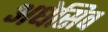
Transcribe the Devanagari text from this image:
अधेसिव